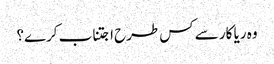
وہ ریا کار سے کس طرح اجتناب کرے؟